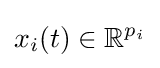
x_{i}(t)\in \mathbb {R} ^{p_{i}}